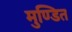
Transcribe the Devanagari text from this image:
मुण्डित